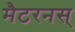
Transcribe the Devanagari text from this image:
मैटरनस्